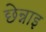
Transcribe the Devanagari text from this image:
छेन्नाइ